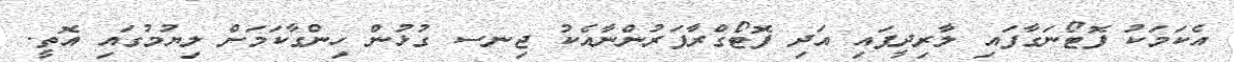
އެކަމަކު ފޮޓޯނަގާފައި ލާރިދީފައި އަދި ފޮޓޯގްރާފަރުންނާއެކު ޖިނސ ގުޅުން ހިންގާކަމަށް ލިޔުމުގައި އޮތީ.